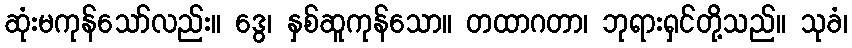
ဆုံးမကုန်သော်လည်း။ ဒွေ၊ နှစ်ဆူကုန်သော။ တထာဂတာ၊ ဘုရားရှင်တို့သည်။ သုခံ၊